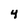
Character: 4